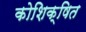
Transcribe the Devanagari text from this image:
कोशिक्षित